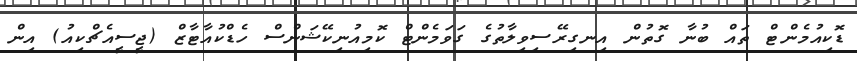
ޑޮކިއުމެންޓް ތައް ބުނާ ގޮތުން އިނގިރޭސިވިލާތުގެ ގަވަމެންޓް ކޮމިއުނިކޭޝަންސް ހެޑްކުއާޓާޒް (ޖީސީއެޗްކިއު) އިން